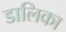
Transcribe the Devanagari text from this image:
डालिका